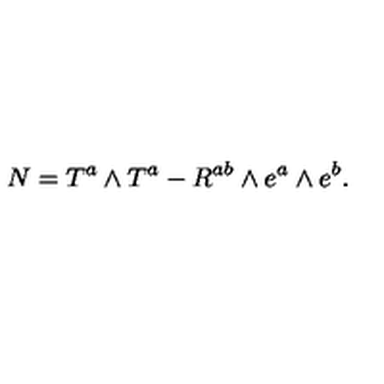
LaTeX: N = T ^ { a } \wedge T ^ { a } - R ^ { a b } \wedge e ^ { a } \wedge e ^ { b } .